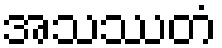
အသဿတံ